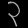
Digit: ၃